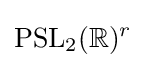
\mathrm {PSL} _{2}(\mathbb {R} )^{r}